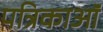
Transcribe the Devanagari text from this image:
पत्रिकाऑं